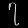
Digit: ၇